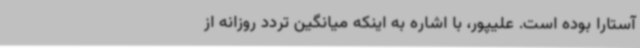
آستارا بوده است. علیپور، با اشاره به اینکه میانگین تردد روزانه از